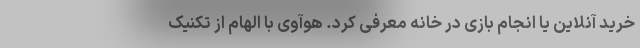
خرید آنلاین یا انجام بازی در خانه معرفی کرد. هوآوی با الهام از تکنیک